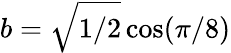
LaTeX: b=\sqrt{{1}/{2}}\cos({\pi}/{8})